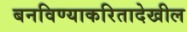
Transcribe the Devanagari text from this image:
बनविण्याकरितादेखील